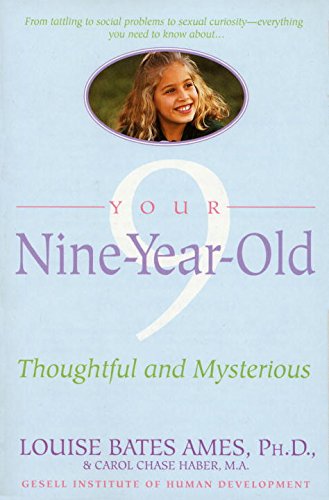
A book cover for Your Nine Year Old: Thoughtful and Mysterious; Louise Bates Ames; Parenting & Relationships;